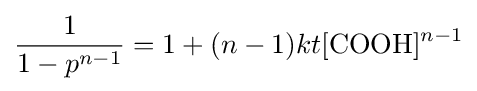
{\frac {1}{1-p^{n-1}}}=1+(n-1)kt[{\ce {COOH}}]^{n-1}